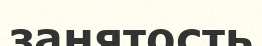
занятость